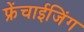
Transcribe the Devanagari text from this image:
फ्रेंचाईजिंग